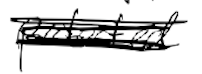
Text: protected
Cross-out: scratch
Writing tool: digital_black